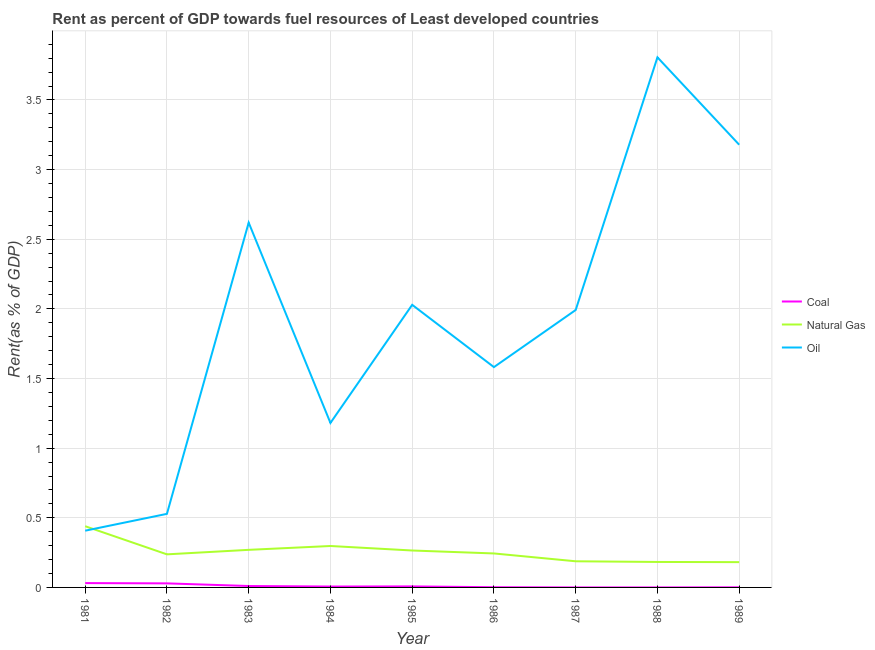
| Year | Coal | Natural Gas | Oil |
 | --- | --- | --- | --- |
 | 1981 | 0.0311 | 0.439 | 0.407 |
 | 1982 | 0.029 | 0.238 | 0.528 |
 | 1983 | 0.0101 | 0.27 | 2.62 |
 | 1984 | 0.00635 | 0.297 | 1.18 |
 | 1985 | 0.00738 | 0.265 | 2.03 |
 | 1986 | 0.00151 | 0.244 | 1.58 |
 | 1987 | 5.85e-06 | 0.188 | 1.99 |
 | 1988 | 1.04e-05 | 0.183 | 3.81 |
 | 1989 | 0.000781 | 0.182 | 3.18 |